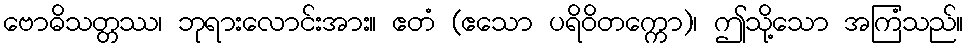
ဗောဓိသတ္တဿ၊ ဘုရားလောင်းအား။ ဧတံ (ဧသော ပရိဝိတက္ကော)၊ ဤသို့သော အကြံသည်။